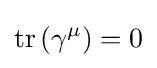
\operatorname {tr} \left(\gamma ^{\mu }\right)=0